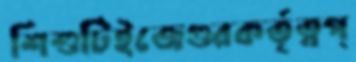
শিশুটিইজেগুরকর্তৃত্বপ্